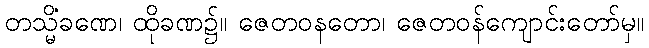
တသ္မိံခဏေ၊ ထိုခဏ၌။ ဇေတဝနတော၊ ဇေတဝန်ကျောင်းတော်မှ။